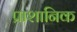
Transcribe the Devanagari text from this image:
प्राशानिक